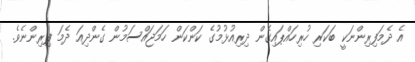
އެ ދެމަފިިރިންނަކީ ބަކަރި ހުރިހައްޕައިގެން ދިރިއުޅުމުގެ ކަންކަން ހަމަޖައްސަމުން ގެންދިއަ ދެމަ ފިރިންނެވެ.